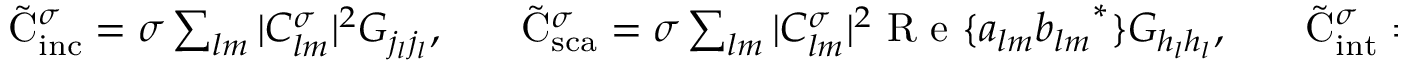
\begin{array} { r l r l r } { \tilde { \mathrm { { C } } } _ { \mathrm { { i n c } } } ^ { \sigma } = \sigma \sum _ { l m } | C _ { l m } ^ { \sigma } | ^ { 2 } G _ { j _ { l } j _ { l } } , } & { { } } & { \tilde { \mathrm { { C } } } _ { \mathrm { { s c a } } } ^ { \sigma } = \sigma \sum _ { l m } | C _ { l m } ^ { \sigma } | ^ { 2 } \mathrm { ~ R ~ e ~ } \{ a _ { l m } { b _ { l m } } ^ { * } \} G _ { h _ { l } h _ { l } } , } & { { } } & { \tilde { \mathrm { { C } } } _ { \mathrm { { i n t } } } ^ { \sigma } = \sigma \sum _ { l m } | C _ { l m } ^ { \sigma } | ^ { 2 } \mathrm { ~ R ~ e ~ } \{ \left( a _ { l m } + b _ { l m } \right) G _ { j _ { l } h _ { l } } \} . } \end{array}